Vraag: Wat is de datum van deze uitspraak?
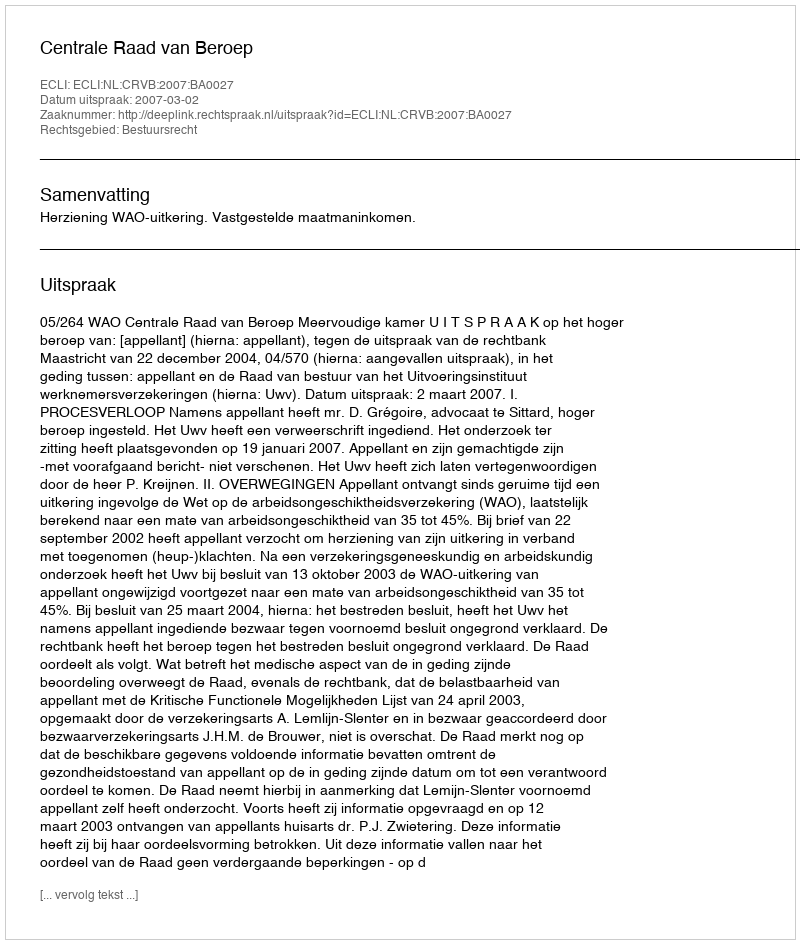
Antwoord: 2007-03-02